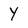
Character: Y